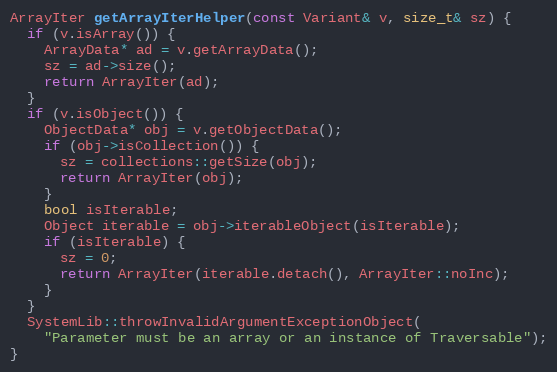
Language: C++
ArrayIter getArrayIterHelper(const Variant& v, size_t& sz) {
  if (v.isArray()) {
    ArrayData* ad = v.getArrayData();
    sz = ad->size();
    return ArrayIter(ad);
  }
  if (v.isObject()) {
    ObjectData* obj = v.getObjectData();
    if (obj->isCollection()) {
      sz = collections::getSize(obj);
      return ArrayIter(obj);
    }
    bool isIterable;
    Object iterable = obj->iterableObject(isIterable);
    if (isIterable) {
      sz = 0;
      return ArrayIter(iterable.detach(), ArrayIter::noInc);
    }
  }
  SystemLib::throwInvalidArgumentExceptionObject(
    "Parameter must be an array or an instance of Traversable");
}